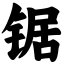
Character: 锯